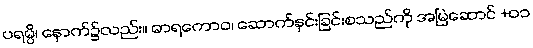
ပရမ္ပိ၊ နောက်၌လည်း။ ဓာရကောဝ၊ ဆောက်နှင်းခြင်းစသည်ကို အမြဲဆောင် +၀၁